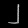
Digit: ၂